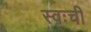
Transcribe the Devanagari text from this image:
स्वःची